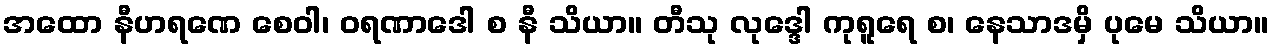
အထော နီဟရဏေ စေဝါ၊ ဝရဏာဒေါ စ နီ သိယာ။ တီသု လုဒ္ဒေါ ကုရူရေ စ၊ နေသာဒမှိ ပုမေ သိယာ။